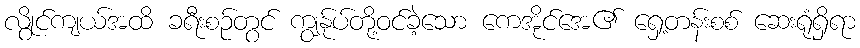
လွိုင်ကျယ်အထိ ခရီးစဉ်တွင် ကျွန်ုပ်တို့ဝင်ခဲ့သော ကေအိုင်အေ၏ ရှေ့တန်းစစ် ဆေးရုံရှိရာ